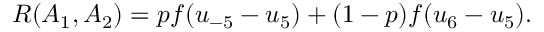
\begin{array} { r } { R ( A _ { 1 } , A _ { 2 } ) = p f ( u _ { - 5 } - u _ { 5 } ) + ( 1 - p ) f ( u _ { 6 } - u _ { 5 } ) . } \end{array}